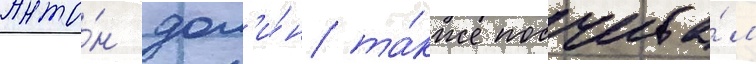
Анто́н дол'и́н та́кже посчита́л